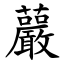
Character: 䕾